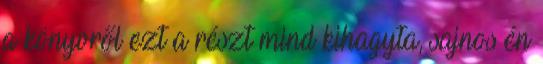
a könyvről ezt a részt mind kihagyta, sajnos én